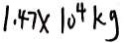
1 . 4 7 \times 1 0 ^ { 4 } k g